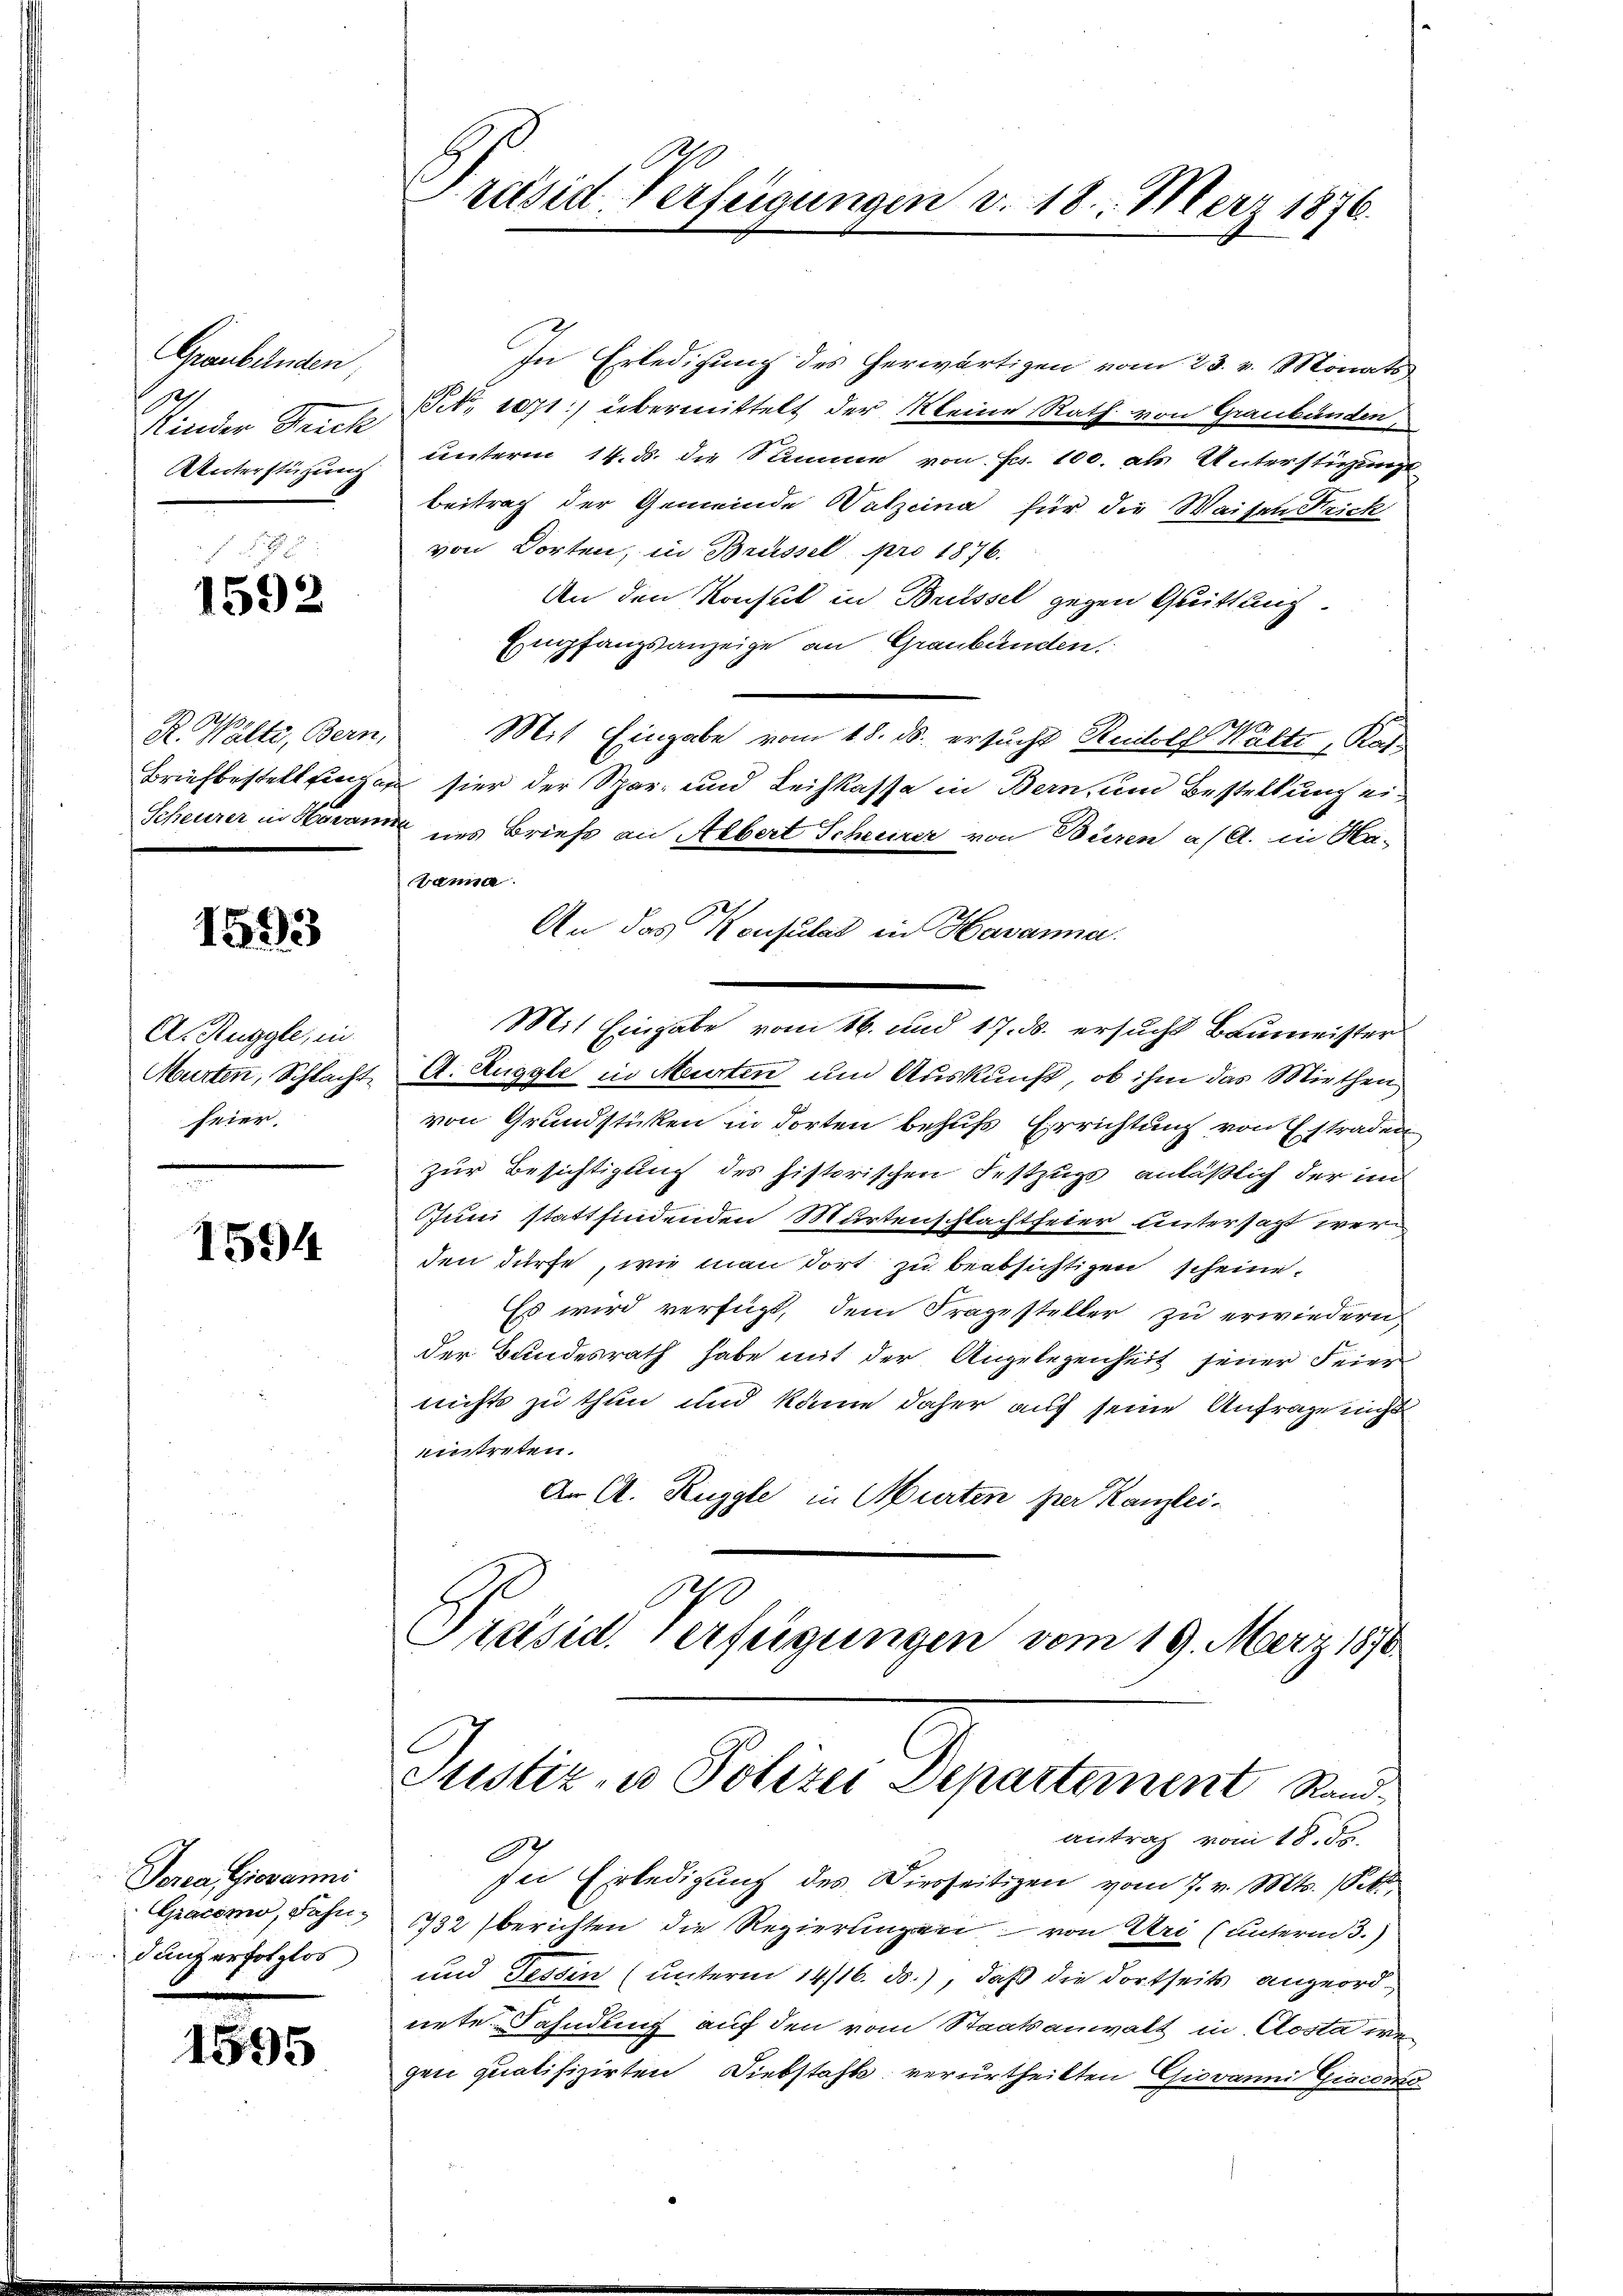
Graubelnden,
9
Kinder Reich
Unterstützung

f
1592

R. Walte, Bern,

1693

A. Ruggle, in
Murten, Schlacht
feier.

1594

Torea Giovanni
Gracomo, Fahndanz erfolglos

1595

Präsid. Verfügungen d. 18. März 1876.

In Erledigung des herwärtigen vom 23. v. Monats
. 1071) übermittelt der Kleine Rath von Graubünden,
unterm 14. ds. die Summe von Fr. 100. als Unterstigungs
Beitrag der Gemeinde Walzeina für die Waisen Frick
von Dorten, in Brüssel pro 1876.
An den Konsul in Brissel gegen Quittung.
Empfangsanzeige an Graubünden.
Mit Eingabe vom 18. ds. ersucht Rudolf Walte, Kas¬
Briefbestellungen hier der Spar- und Leihkasse in Bern, um Bestellung ei¬
Scheurer in Horam uns Briefe an Albert Schreirer von Büren a/A. in Ha-
Banna.
An das Konsulat in Havanna
Mit Eingabe vom 16. und 17. ds. ersucht Baumeister
A. Auggle in Meurten um Auskunft, ob ihm das Miethen
von Grundstücken in dorten behufs Errichtung von Estraden
zur Besichtigung des historischen Festzugs anläßlich der im
Juni stattfindenden Murtenschlachtfeier untersagt werden dürfe, wie man dort zu beabsichtigen scheine
Es wird verfügt, dem Fragesteller zu erwiedern,
der Bundesrath habe mit der Angelegenheit seiner Feier
nichts zu thun und könne daher auf seine Anfrage nicht
mitreten.
An A. Ruggle in Wirten per Kanzlei-
0
Présid. Verfügungen vom 19. März 1870.
Justiz- u Polizei Departement Randantrag vom 18. ds.
3
sei Erledigung des Diesseitigen vom 7. v. Mts. (Sitt
732 berichten die Regierungen von Uri (unterm 3.)
und Fessen (unterm 14/16. ds.), daß die dortseits angeordnete Fahndung auf den vom Staatsanwalt in Aosta wegen qualifizirten Diebstahle verurtheilten Giovanni Giaconto-